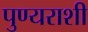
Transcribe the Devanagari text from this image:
पुण्यराशी